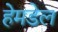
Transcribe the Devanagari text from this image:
हेमडेल